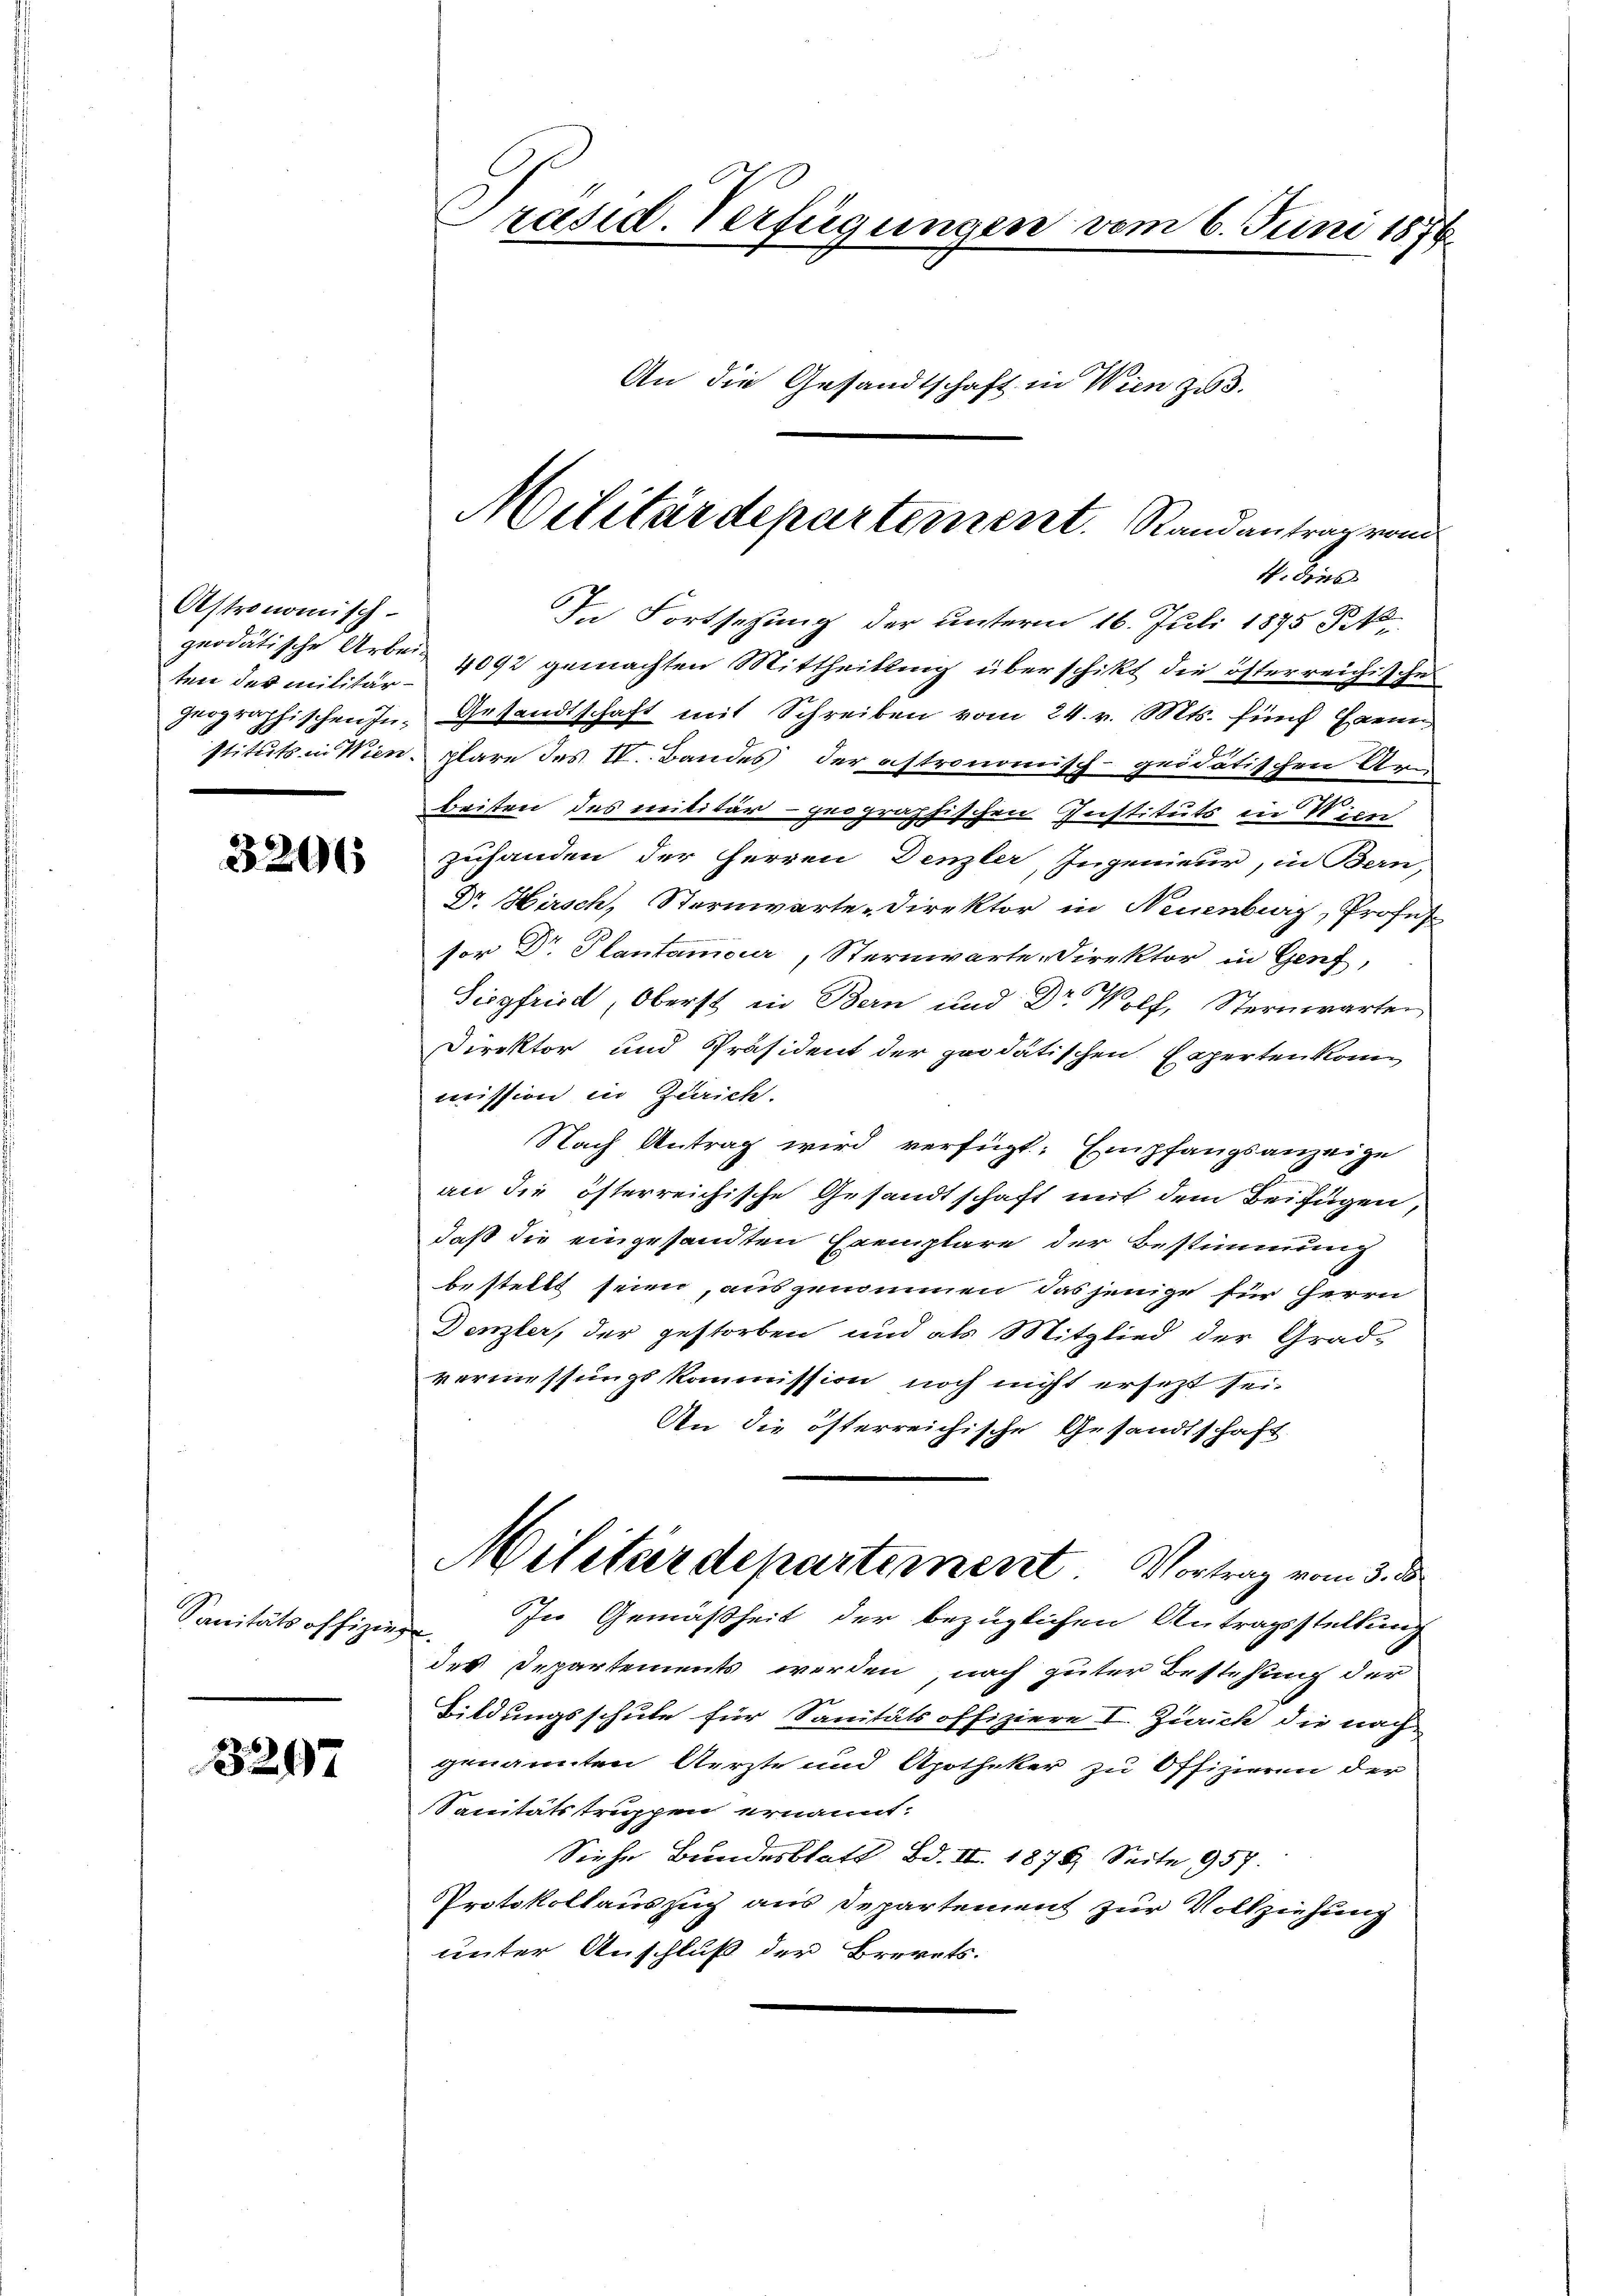
Astronomisch-
ten der militär¬
.

3296

Sanitätsoffizie

3297

4. dies
In Fortsetzung der unterm 16. Juli 1875 Frk.
peodätische Arbei 1092 gemachten Mittheillung überschikt die österreichische
geographischen In- Gesandtschaft mit Schreiben vom 24. v. Mts. fünf Haenn
stituts in Wienplare des IV. Bandes der astronomisch-geidatischen Arn
Beisten des militär - geographischen Instituts in Wien
zuhanden der Herren Denzler, Ingenieur, in Bern,
Dr. Hirsch, Sternwarte-Direktor in Neuenburg, Profess
sor Dr Plantamour, Sternwarte Direktor in Genf,
Siegfried, Oberst in Bern und Dr. Wolf, Sternwarten
Direktor und Präsident der zoodätischen Experten kon
mission in Zürich.
Nach Antrag wird verfügt: Empfangsanzeige
an die österreichische Gesandtschaft mit dem Beifügen,
daß die eingesandten Exemplare der Bestimmung
bestellt seien, ausgenommen, das jenige für Herrn
Denzler, der gestorben und als Mitglied der Grad-
vermessungskommission noch nicht ersezt sei.
An die österreichische Gesandtschaft
Militärdepartement. Vortrag vom 3. d
In Gemäßheit der bezüglichen Antragsstellung
e
des Departements werden nach guter Bestehung der
Bildungsschule für Sanitätsoffiziere I. Zürich die nach
genannten Aerzte und Apotheker zu Offizieren der
Sanitätstruppen ernannt.
Siehe Bundesblatt Bd. II. 1876, Seite 957.
Protokollauszug aus Departement zur Vollziehung
unter Anschluß der Brevets.

Präsid. Verfügungen vom 6. Juni 1876
An die Gesandtschaft in Wien zu 3.

Militärdepartement. Randantrag von